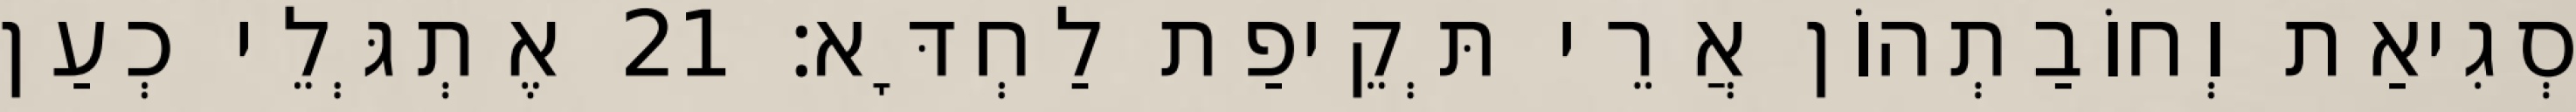
סְגִיאַת וְחוֹבַתְהוֹן אֲרֵי תְּקֵיפַת לַחְדָּא׃ 21 אֶתְגְּלֵי כְעַן